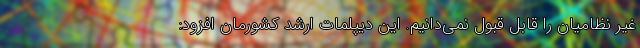
غیر نظامیان را قابل قبول نمی‌دانیم. این دیپلمات ارشد کشورمان افزود: